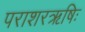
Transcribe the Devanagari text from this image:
पराशरऋषिः